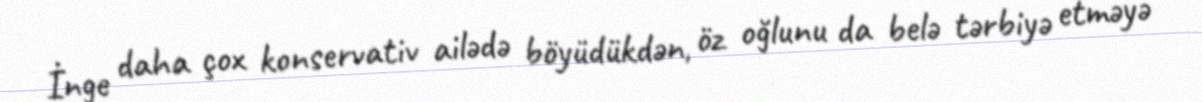
İnge daha çox konservativ ailədə böyüdükdən, öz oğlunu da belə tərbiyə etməyə